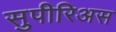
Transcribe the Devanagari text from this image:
सुपीरिअस